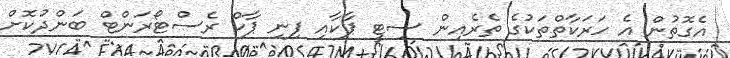
އެގޮތުން އެ ހަރަކާތްތަކުގެ ތެރެއިން ސިޓީ ޕާކާއި ފިނި ޕާކް ރެސްޓޯރަންޓް ބަންދުކޮށް